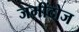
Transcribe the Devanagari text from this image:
जमींदोज